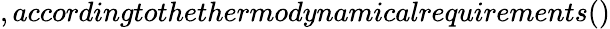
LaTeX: ,accordingtothethermodynamicalrequirements()